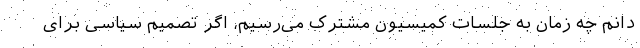
دانم چه زمان به جلسات کمیسیون مشترک می‌رسیم، اگر تصمیم سیاسی برای